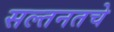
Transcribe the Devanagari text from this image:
सल्तनतचे